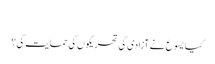
‏
کیا یسوع نے آزادی کی تحریکوں کی حمایت کی؟